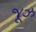
જૂઝ